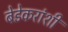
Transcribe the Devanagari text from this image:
बेडेकरांशी